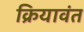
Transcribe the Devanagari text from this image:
क्रियावंत